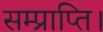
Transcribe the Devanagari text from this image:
सम्प्राप्ति।